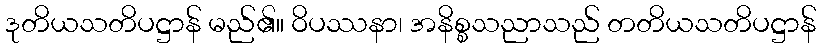
ဒုတိယသတိပဋ္ဌာန် မည်၏။ ဝိပဿနာ၊ အနိစ္စသညာသည် တတိယသတိပဋ္ဌာန်